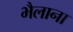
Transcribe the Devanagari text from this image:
भैलाना